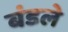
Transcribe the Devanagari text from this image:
बंडले